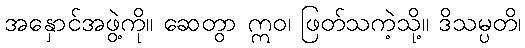
အနှောင်အဖွဲ့ကို။ ဆေတွာ ဣဝ၊ ဖြတ်သကဲ့သို့။ ဒိသမ္ပတိ၊